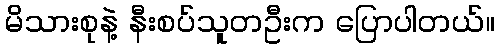
မိသားစုနဲ့ နီးစပ်သူတဦးက ပြောပါတယ်။